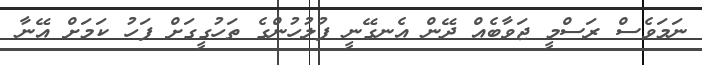
ނަމަވެސް ރަސްމީ ޖަވާބެއް ދޭން އެނގޭނީ ފުލުހުންގެ ތަހުގީގަށް ފަހު ކަމަށް އޭނާ